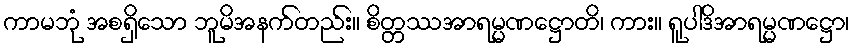
ကာမဘုံ အစရှိသော ဘူမိအနက်တည်း။ စိတ္တဿအာရမ္မဏဋ္ဌောတိ၊ ကား။ ရူပါဒိအာရမ္မဏဋ္ဌော၊